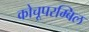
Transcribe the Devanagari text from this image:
कोचूपरम्बिल